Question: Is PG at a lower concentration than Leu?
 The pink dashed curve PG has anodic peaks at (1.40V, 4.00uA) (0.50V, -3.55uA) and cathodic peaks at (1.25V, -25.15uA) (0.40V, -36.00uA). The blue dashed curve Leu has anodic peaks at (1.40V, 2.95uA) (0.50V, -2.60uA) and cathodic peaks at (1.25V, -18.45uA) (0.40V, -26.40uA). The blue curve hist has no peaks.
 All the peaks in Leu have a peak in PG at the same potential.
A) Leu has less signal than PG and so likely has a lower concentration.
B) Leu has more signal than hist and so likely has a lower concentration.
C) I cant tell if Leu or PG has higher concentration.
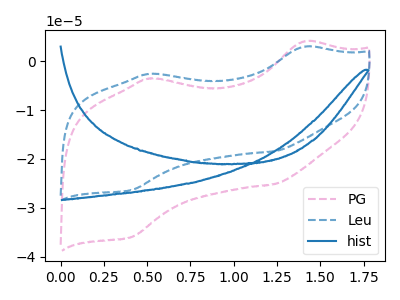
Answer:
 <answer>C) I cant tell if "Leu" or "PG" has higher concentration.</answer>
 <eval>C</eval>